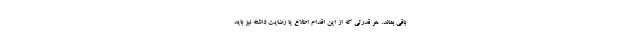
باقی بماند. هر قدرتی که از این اقدام اطلاع یا رضایت داشته نیز باید